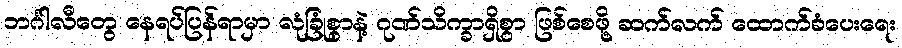
ဘင်္ဂါလီတွေ နေရပ်ပြန်ရာမှာ လုံခြုံစွာနဲ့ ဂုဏ်သိက္ခာရှိစွာ ဖြစ်စေဖို့ ဆက်လက် ထောက်ခံပေးရေး